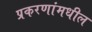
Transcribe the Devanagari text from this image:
प्रकरणांमधील